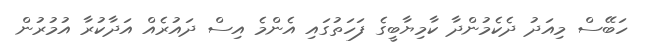
ހަބޭސް މިއަދު ދެކެމުންދާ ކާމިޔާބީގެ ފަހަތުގައި އެންމެ އިސް ދައުރެއް އަދާކުރާ އުމުރުން